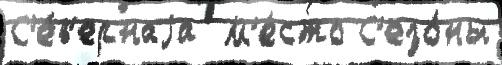
С'е́в'ернаjа  М'е́сто С'езо́ны